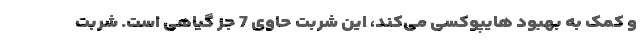
و کمک به بهبود هایپوکسی می‌کند، این شربت حاوی 7 جز گیاهی است. شربت